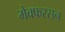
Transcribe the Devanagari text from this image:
मेक्फरसन